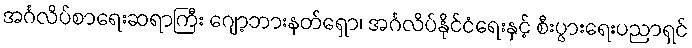
အင်္ဂလိပ်စာရေးဆရာကြီး ဂျော့ဘားနတ်ရှော၊ အင်္ဂလိပ်နိုင်ငံရေးနှင့် စီးပွားရေးပညာရှင်